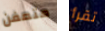
متعفن تقرأ